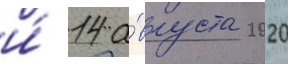
и́ 14 а́вгуста 2020